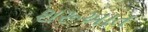
શરૂઆત